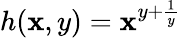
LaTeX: h(\mathbf{x},y)=\mathbf{x}^{y+\frac{{1}}{{y}}}